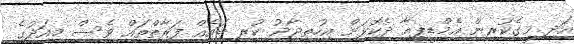
އަދި މީގެކުރިން އެމްޑީޕީއާ ދެކޮޅަށް އިހުތިޖާޖު ކުރި ބައެއް ފަރާތްތައް ވެސް މިއަދުގެ